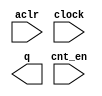
module COUNTER (
	aclr,
	clock,
	cnt_en,
	q);

	input	  aclr;
	input	  clock;
	input	  cnt_en;
	output	[13:0]  q;

endmodule